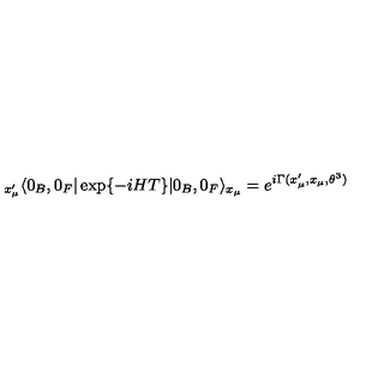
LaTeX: { } _ { x _ { \mu } ^ { \prime } } \langle 0 _ { B } , 0 _ { F } | \exp \{ - i H T \} | 0 _ { B } , 0 _ { F } \rangle _ { x _ { \mu } } = e ^ { i \Gamma ( x _ { \mu } ^ { \prime } , x _ { \mu } , \theta ^ { 3 } ) }